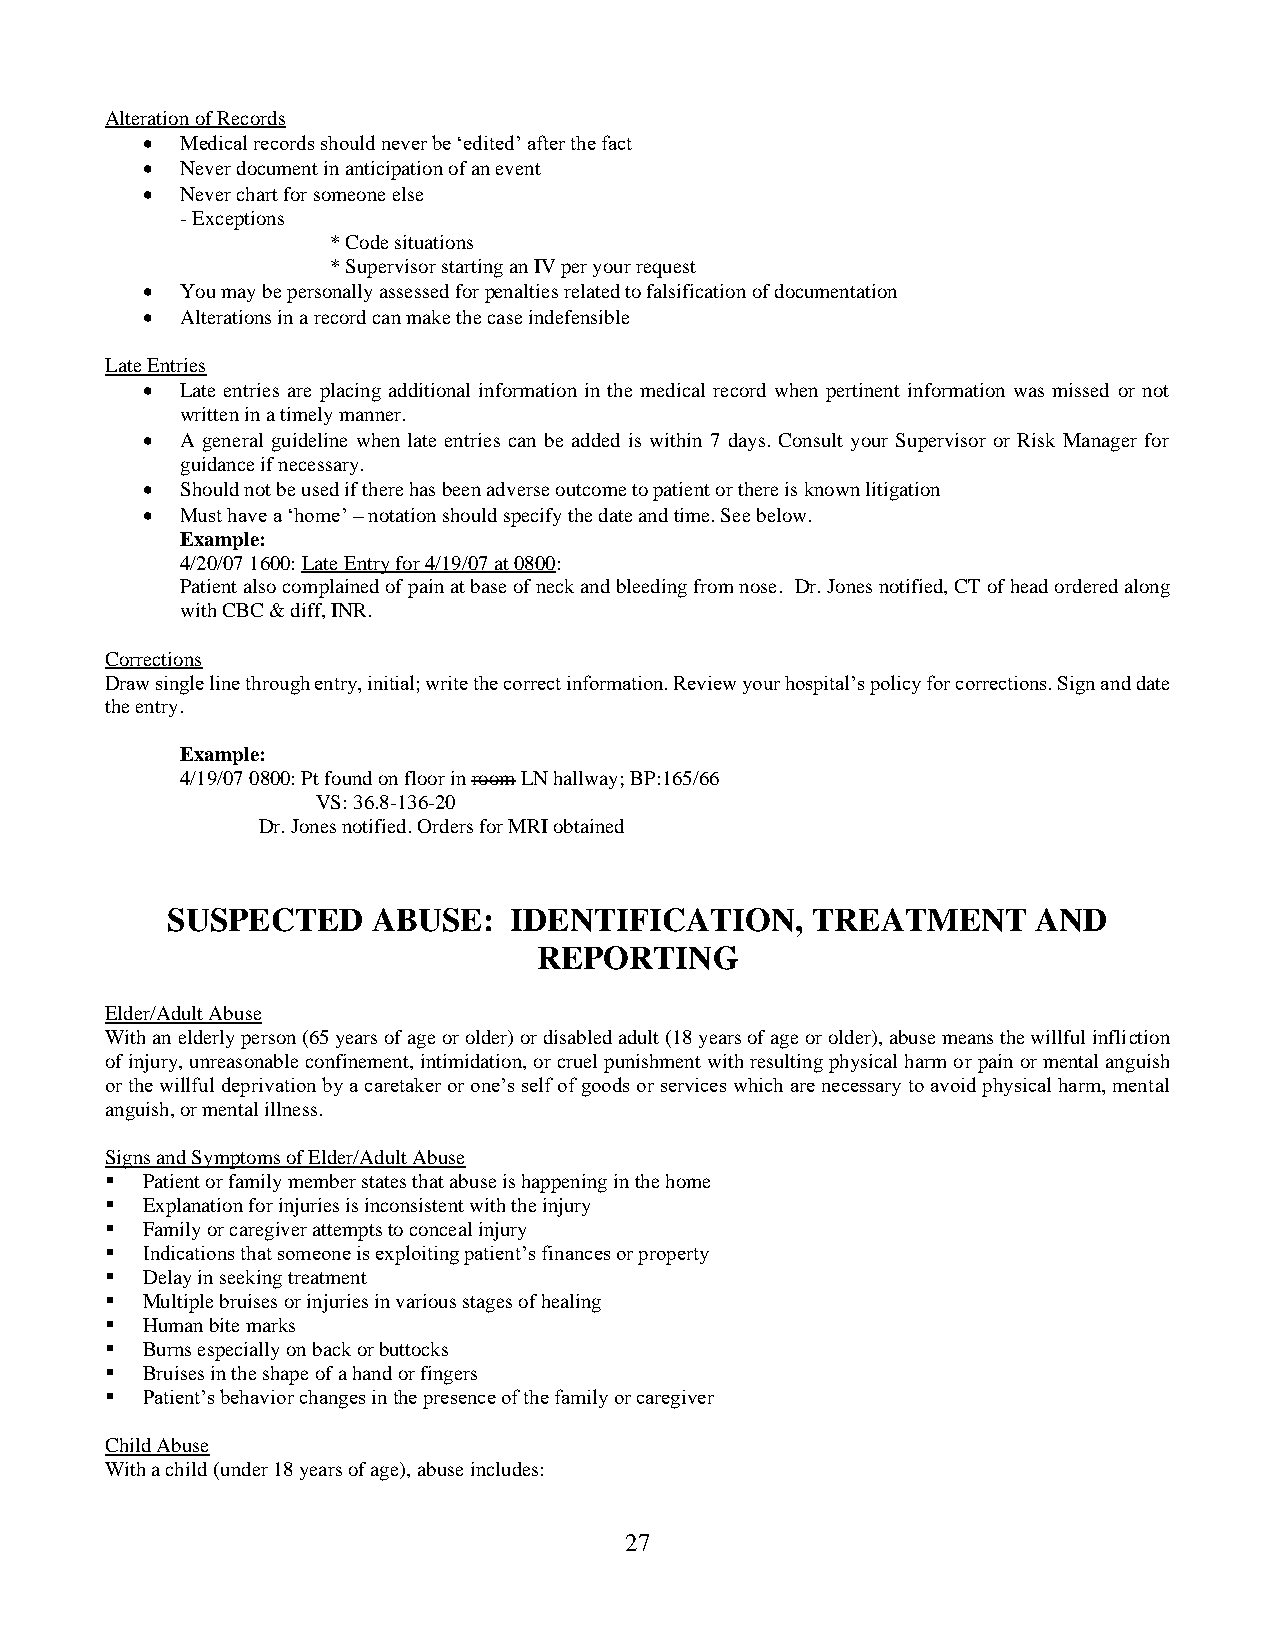
Alteration of Records
 •  Medical records should never be ‘edited’ after the fact
 •  Never document in anticipation of an event
 •  Never chart for someone else
 -Exceptions
 *Code situations
 *Supervisor starting an IV per your request
 •  You may be personally assessed for penalties related to falsification of documentation
 •  Alterations in a record can make the case indefensible
 Late Entries
 •  Late entries are placing additional information in the medical record when pertinent information was missed or not
 written in a timely manner.
 •  A general guideline when late entries can be added is within 7 days. Consult your Supervisor or Risk Manager for
 guidance if necessary.
 •  Should not be used if there has been adverse outcome to patient or there is known litigation
 •  Must have a ‘home’ – notation should specify the date and time. See below.
 Example:
 4/20/07 1600: Late Entry for 4/19/07 at 0800:
 Patient also complained of pain at base of neck and bleeding from nose. Dr. Jones notified, CT of head ordered along
 with CBC & diff, INR.
 Corrections
 Draw single line through entry, initial; write the correct information. Review your hospital’s policy for corrections. Sign and date
 the entry.
 Example:
 4/19/07 0800: Pt found on floor in room LN hallway; BP:165/66
 VS: 36.8-136-20
 Dr. Jones notified. Orders for MRI obtained
 SUSPECTED     ABUSE:   IDENTIFICATION,     TREATMENT      AND
 REPORTING
 Elder/Adult Abuse
 With an elderly person (65 years of age or older) or disabled adult (18 years of age or older), abuse means the willful infliction
 of injury, unreasonable confinement, intimidation, or cruel punishment with resulting physical harm or pain or mental anguish
 or the willful deprivation by a caretaker or one’s self of goods or services which are necessary to avoid physical harm, mental
 anguish, or mental illness.
 Signs and Symptoms of Elder/Adult Abuse
 ▪ Patient or family member states that abuse is happening in the home
 ▪ Explanation for injuries is inconsistent with the injury
 ▪ Family or caregiver attempts to conceal injury
 ▪ Indications that someone is exploiting patient’s finances or property
 ▪ Delay in seeking treatment
 ▪ Multiple bruises or injuries in various stages of healing
 ▪ Human bite marks
 ▪ Burns especially on back or buttocks
 ▪ Bruises in the shape of a hand or fingers
 ▪ Patient’s behavior changes in the presence of the family or caregiver
 Child Abuse
 With a child (under 18 years of age), abuse includes:
 27